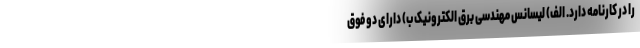
را در کارنامه دارد. الف) لیسانس مهندسی برق الکترونیک ب) دارای دو فوق